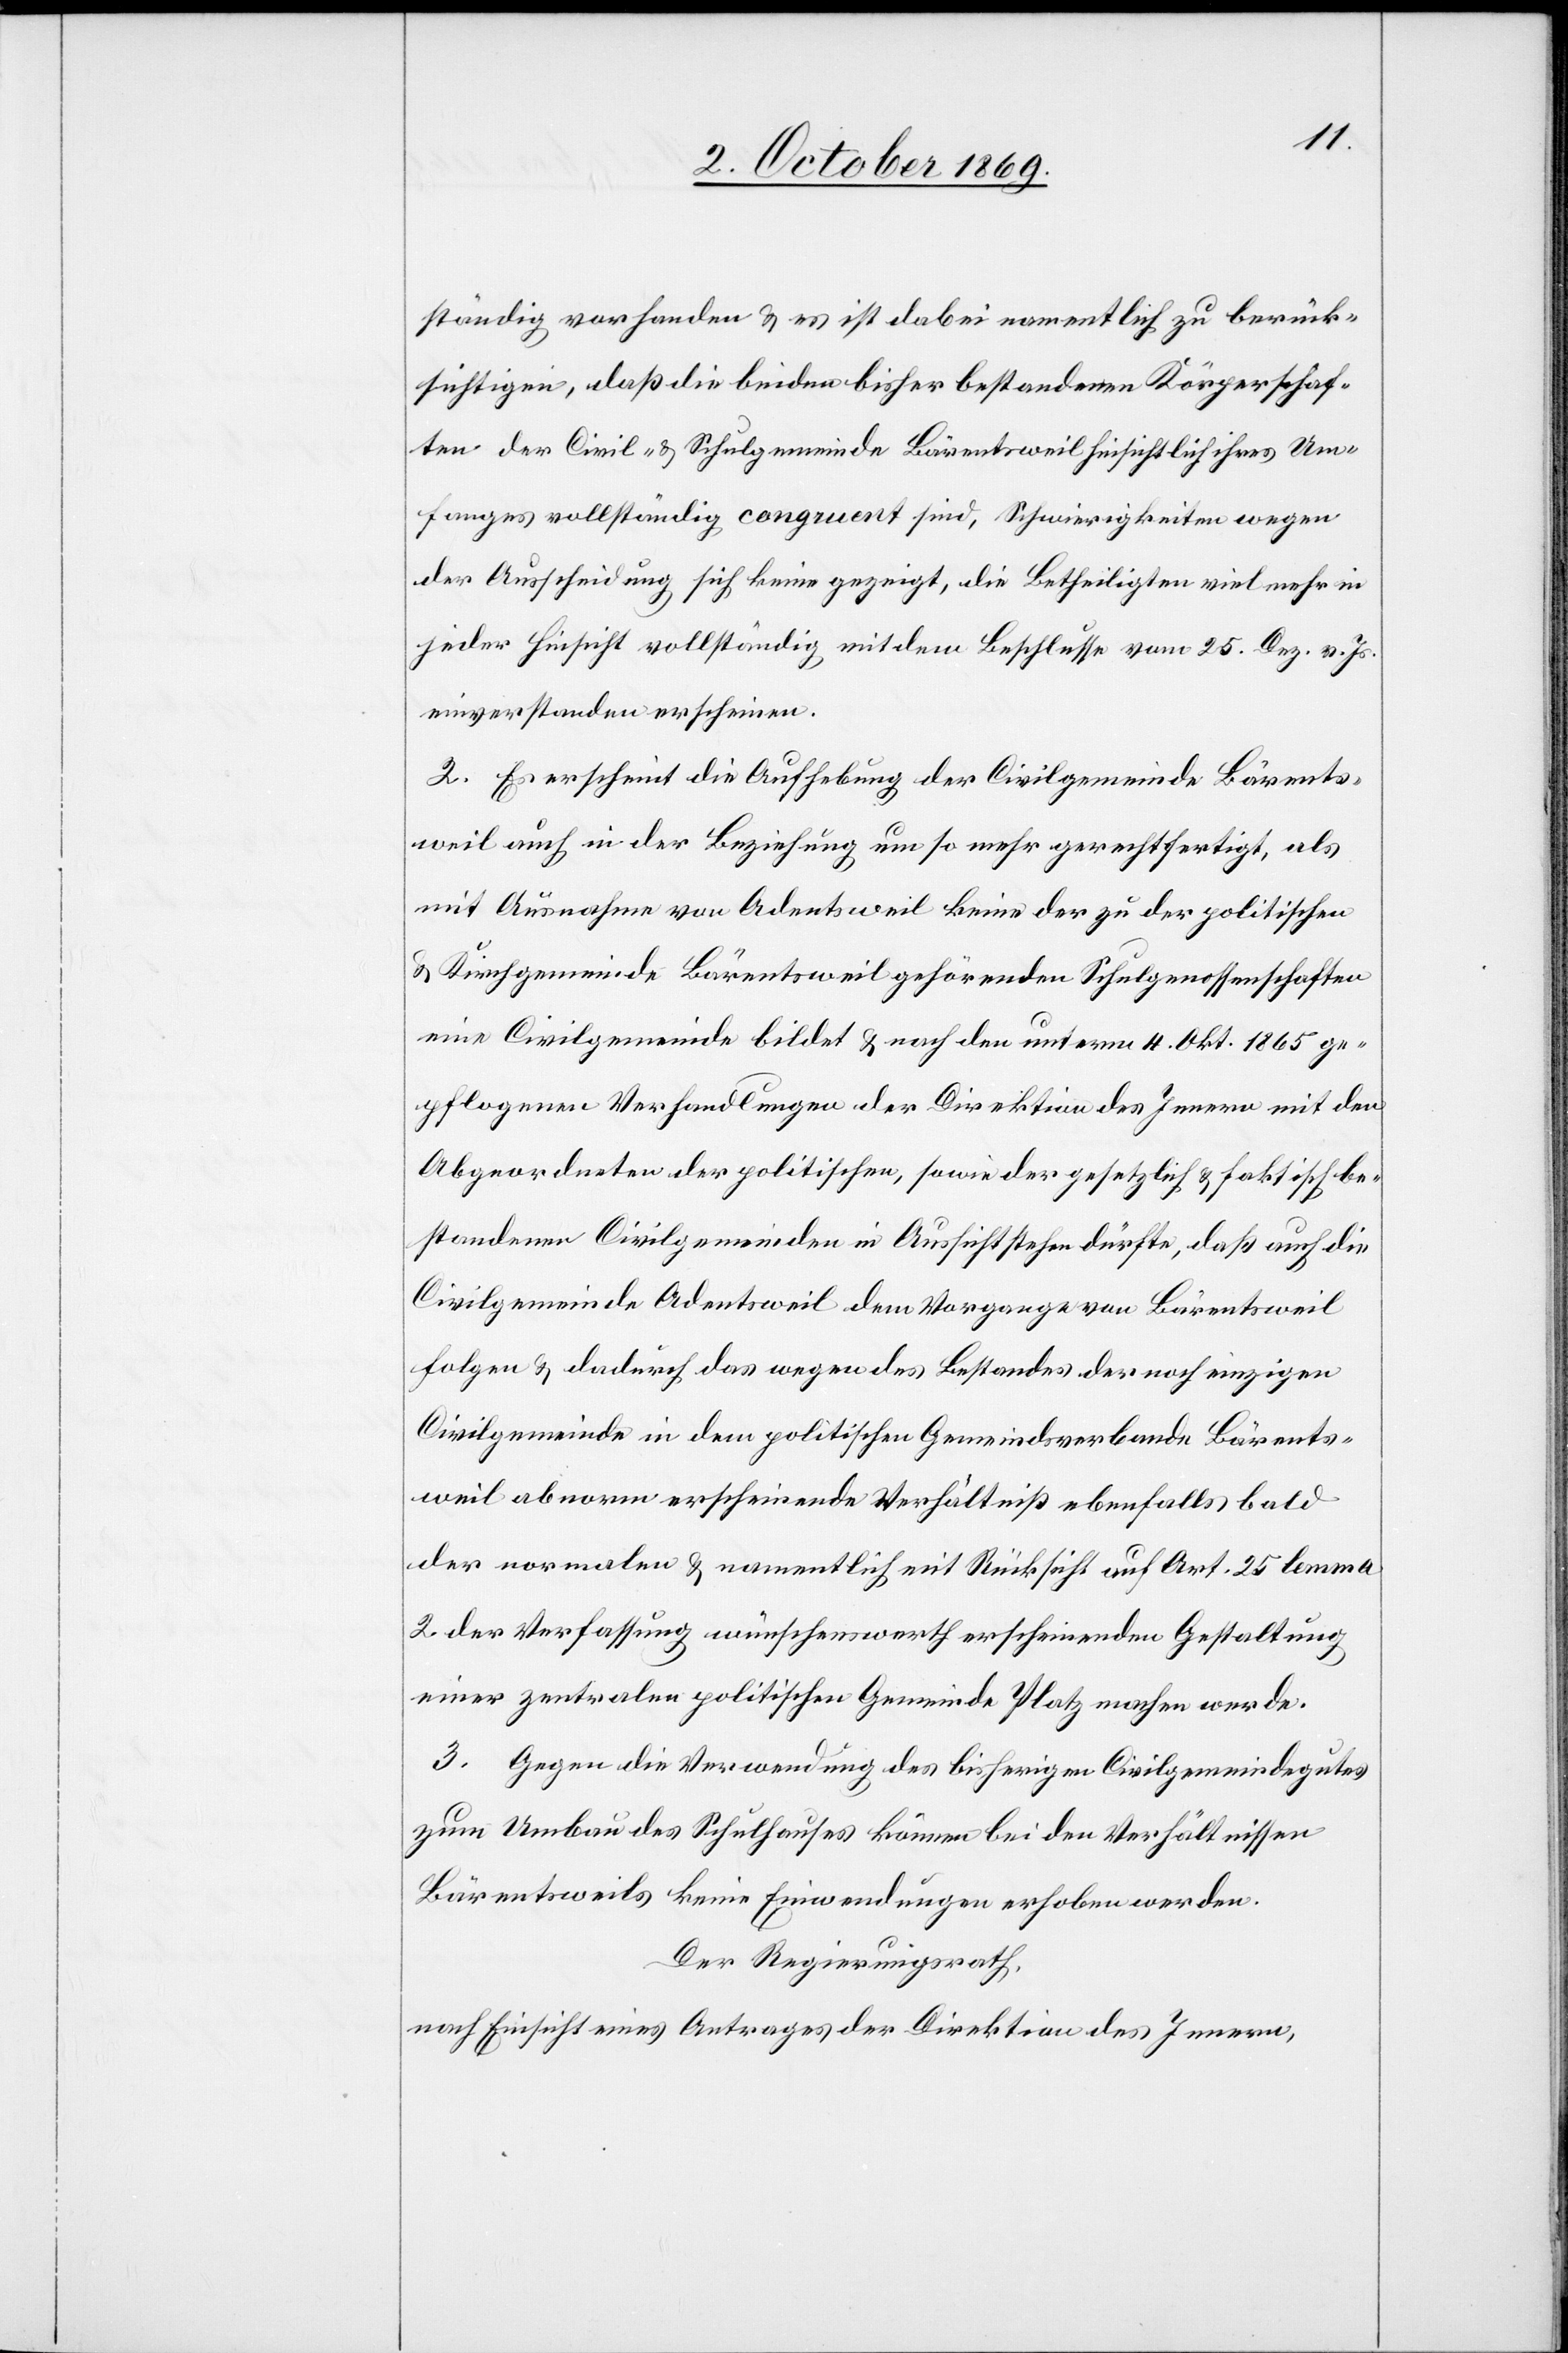
ständig vorhanden & es ist dabei namentlich zu berück¬
sichtigen, daß die beiden bisher bestandenen Körperschaf¬
ten der Civil- & Schulgemeinde Bärentsweil hinsichtlich ihres Um¬
fanges vollständig congruent sind, Schwierigkeiten wegen
der Ausscheidung sich keine gezeigt, die Betheiligten vielmehr in
jeder Hinsicht vollständig mit dem Beschlusse vom 25. Dez. v. Js.
einverstanden erscheinen.
2. Es erscheint die Aufhebung der Civilgemeinde Bärents¬
weil auch in der Beziehung um so mehr gerechtfertigt, als
mit Ausnahme von Adentsweil keine der zu der politischen
& Kirchgemeinde Bärentsweil gehörenden Schulgenossenschaften
eine Civilgemeinde bildet & nach den unterm 4. Okt. 1865 ge¬
pflogenen Verhandlungen der Direktion des Innern mit den
Abgeordneten der politischen, sowie der gesetzlich & faktisch be¬
standenen Civilgemeinden in Aussicht stehen dürfte, daß auch die
Civilgemeinde Adentsweil dem Vorgange von Bärentsweil
folgen & dadurch das wegen des Bestandes der noch einzigen
Civilgemeinde in dem politischen Gemeindsverbande Bärents¬
weil abnorm erscheinende Verhältniß ebenfalls bald
der normalen & namentlich mit Rücksicht auf Art. 25 lemma
2 der Verfassung wünschenswerth erscheinenden Gestaltung
einer zentralen politischen Gemeinde Platz machen werde.
3. Gegen die Verwendung des bisherigen Civilgemeindegutes
zum Umbau des Schulhauses können bei den Verhältnissen
Bärentsweils keine Einwendungen erhoben werden.
Der Regierungsrath,
nach Einsicht eines Antrages der Direktion des Innern,